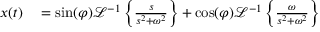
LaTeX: \begin{array} { r l } { x ( t ) } & { { } = \sin ( \varphi ) { \mathcal { L } } ^ { - 1 } \left\{ { \frac { s } { s ^ { 2 } + \omega ^ { 2 } } } \right\} + \cos ( \varphi ) { \mathcal { L } } ^ { - 1 } \left\{ { \frac { \omega } { s ^ { 2 } + \omega ^ { 2 } } } \right\} } \end{array}